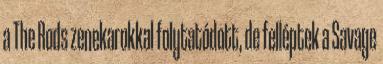
a The Rods zenekarokkal folytatódott, de felléptek a Savage